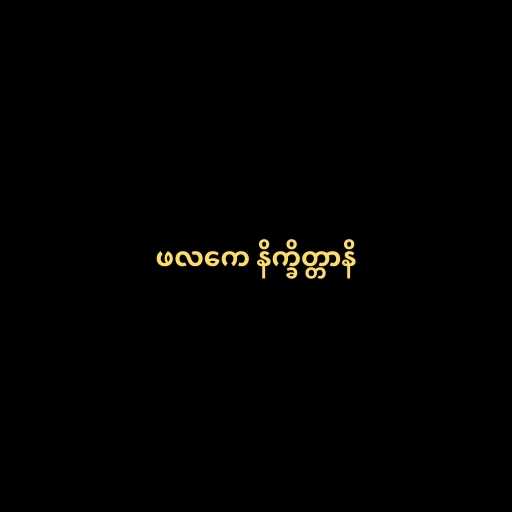
ဖလကေ နိက္ခိတ္တာနိ